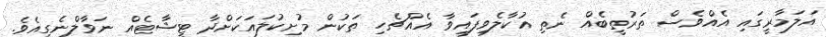
އަލަމާރީގައި އެއްވެސް ތަރުތީބެއް ނެތި އުކާލެވިފައިވާ އެއްޗެހި ތަކުން މުށިކުލައަކަށްދާ ޓީޝާޓެއް ނަވާލްނެގިއެވެ.